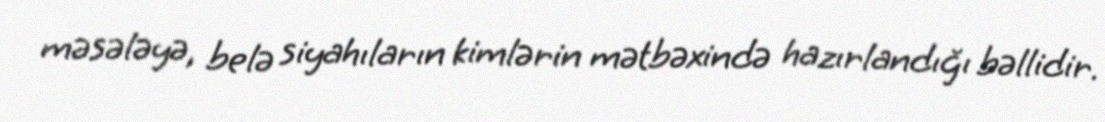
məsələyə, belə siyahıların kimlərin mətbəxində hazırlandığı bəllidir.